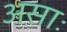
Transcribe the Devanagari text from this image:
असाः